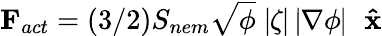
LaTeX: \mathbf{F}_{act}=(3/2)S_{nem}\sqrt\phi\mid\! \! \zeta\! \! \mid\, \mid\! \! \nabla\phi\! \! \mid\, \, \mathbf{\hat{x}}